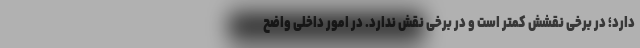
دارد؛ در برخی نقشش کمتر است و در برخی نقش ندارد. در امور داخلی واضح